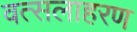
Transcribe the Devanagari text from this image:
वत्सलाहरण